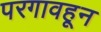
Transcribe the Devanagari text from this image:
परगावहून